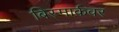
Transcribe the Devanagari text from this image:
बिस्मार्कवर